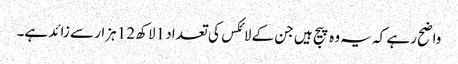
واضح رہے کہ یہ وہ پیج ہیں جن کے لائکس کی تعداد 1لاکھ 12 ہزار سے زائد ہے۔